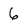
Character: 6